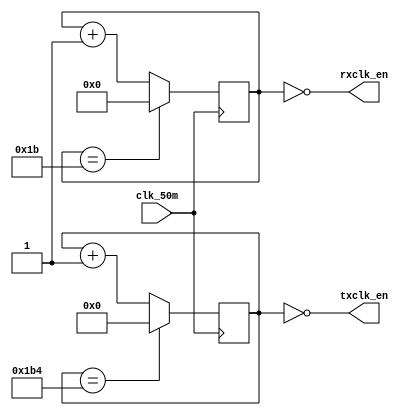
/*
 * Hacky baud rate generator to divide a 50MHz clock into a 115200 baud
 * rx/tx pair where the rx clcken oversamples by 16x.
 */
//credit: https://github.com/jamieiles/uart.git
module baud_rate_gen(input wire clk_50m,
		     output wire rxclk_en,
		     output wire txclk_en);

parameter RX_ACC_MAX = 50250000 / (115200 * 16);
parameter TX_ACC_MAX = 50250000 / 115200;
parameter RX_ACC_WIDTH = $clog2(RX_ACC_MAX);
parameter TX_ACC_WIDTH = $clog2(TX_ACC_MAX);
reg [RX_ACC_WIDTH - 1:0] rx_acc = 0;
reg [TX_ACC_WIDTH - 1:0] tx_acc = 0;

assign rxclk_en = (rx_acc == 5'd0);
assign txclk_en = (tx_acc == 9'd0);

always @(posedge clk_50m) begin
	if (rx_acc == RX_ACC_MAX[RX_ACC_WIDTH - 1:0])
		rx_acc <= 0;
	else
		rx_acc <= rx_acc + 5'b1;
end

always @(posedge clk_50m) begin
	if (tx_acc == TX_ACC_MAX[TX_ACC_WIDTH - 1:0])
		tx_acc <= 0;
	else
		tx_acc <= tx_acc + 9'b1;
end

endmodule